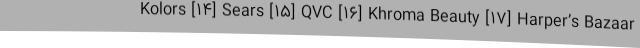
Kolors [۱۴] Sears [۱۵] QVC [۱۶] Khroma Beauty [۱۷] Harper’s Bazaar